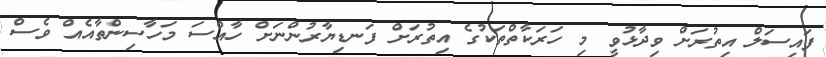
ފައިސަލް އިތުރަށް ވިދާޅުވީ މި ހަރަކާތްތަކުގެ އިތުރަށް ފަނޑިޔާރުންނަށް ހާއްސަ މަހާސިންތާއެއް ވެސް